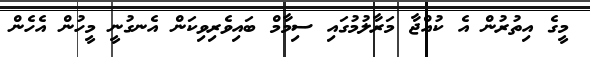
މީގެ އިތުރުން އެ ކުއްޖާ މަރާލުމުގައި ސިމާމް ބައިވެރިވިކަން އެނގުނީ މީހުން އެހެން